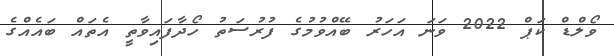
ވޯލްޑް ކަޕް 2022 ވަނަ އަހަރު ބޭއްވުމުގެ ފުރުސަތު ހޯދާފައިވާތީ އެތައް ބައެއްގެ